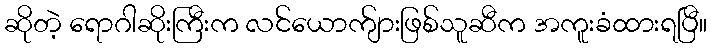
ဆိုတဲ့ ရောဂါဆိုးကြီးက လင်ယောက်ျားဖြစ်သူဆီက အကူးခံထားရပြီ။